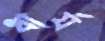
ধার্য